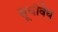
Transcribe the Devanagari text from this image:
सूचीवेध